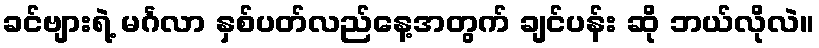
ခင်ဗျားရဲ့ မင်္ဂလာ နှစ်ပတ်လည်နေ့အတွက် ချင်ပန်း ဆို ဘယ်လိုလဲ။